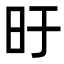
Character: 旴